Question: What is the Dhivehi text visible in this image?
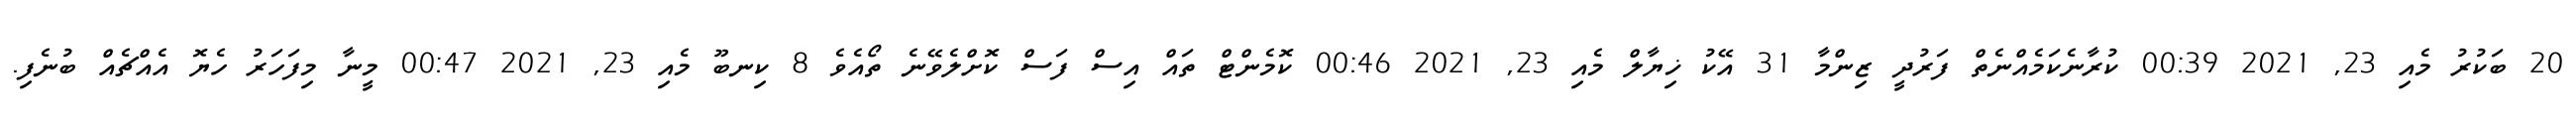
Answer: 20 ބަކުރު މެއި 23, 2021 00:39 ކުރާނެކަމެއްނެތް ފަރުދީ ޒިންމާ 31 އޭކު ޚިޔާލް މެއި 23, 2021 00:46 ކޮމެންޓް ތައް އިސް ފަސް ކޮށްލެވޭނެ ތޯއެވެ 8 ކިނބޫ މެއި 23, 2021 00:47 މީނާ މިފަހަރު ހެޔޮ އެއްޗެއް ބުނެފި.